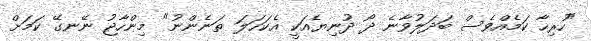
"ހުރިހާ ކަމެއްވެސް ބަދަލުވާނެ ދޯ ދުނިޔެއަކީ އެކަހަލަ ތަނެންނު" މިންހާޖު ނޭނގޭ ކަމަށް